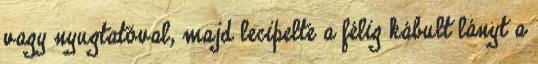
vagy nyugtatóval, majd lecipelte a félig kábult lányt a